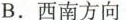
B.西南方向